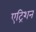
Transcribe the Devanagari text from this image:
एट्रिशन